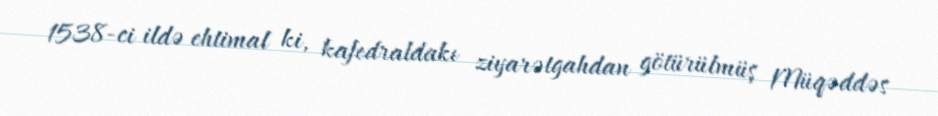
1538-ci ildə ehtimal ki, kafedraldakı ziyarətgahdan götürülmüş Müqəddəs